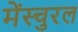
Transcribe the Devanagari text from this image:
मेंस्चुरल